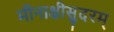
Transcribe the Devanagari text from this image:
मीनाक्षीसुदरम्